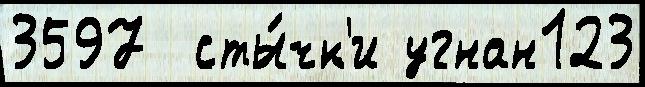
3597  сты́чк'и угнан123